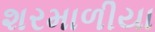
શરમાળીયા